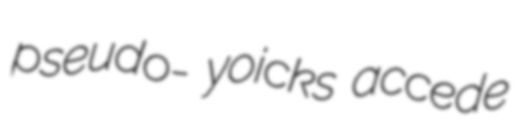
pseudo- yoicks accede